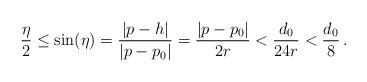
LaTeX: \begin{align*}\frac{\eta}2 \le \sin(\eta) = \frac{|p-h|}{|p-p_0|} = \frac{|p-p_0|}{2r} < \frac{d_0}{24r} < \frac{d_0}{8}\,.\end{align*}